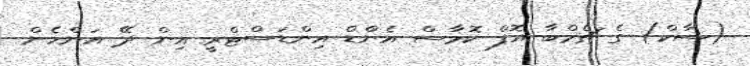
(ސާކް) ގެ ޗެމްބާ އޮފް ކޮމާސް އެންޑް އިންޑަސްޓްރީ އިން ދޭ އަންހެން